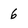
Character: 6